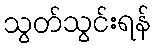
သွတ်သွင်းရန်